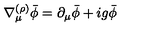
\nabla _ { \mu } ^ { ( \rho ) } \bar { \phi } = \partial _ { \mu } \bar { \phi } + i g \bar { \phi }